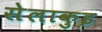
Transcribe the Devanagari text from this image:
सेलाकुइ